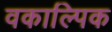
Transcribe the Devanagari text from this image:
वकाल्पिक